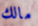
مالك